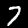
Digit: 7